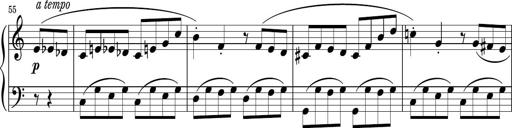
Title: Sonatina PandemÃ³nium
Composer: VÃ­ctor Carbajo
Key: C major